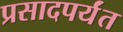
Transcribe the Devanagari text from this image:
प्रसादपर्यंत